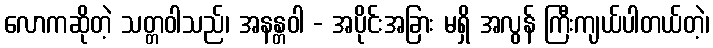
လောကဆိုတဲ့ သတ္တဝါသည်၊ အနန္တဝါ - အပိုင်းအခြား မရှိ အလွန် ကြီးကျယ်ပါတယ်တဲ့၊